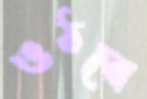
ওঠবে